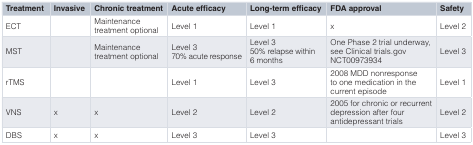
<table><thead><tr><td><b>Treatment</b></td><td><b>Invasive</b></td><td><b>Chronic treatment</b></td><td><b>Acute efficacy</b></td><td><b>Long-term efficacy</b></td><td><b>FDA approval</b></td><td><b>Safety</b></td></tr></thead><tbody><tr><td>ECT</td><td></td><td>Maintenancetreatment optional</td><td>Level 1</td><td>Level 1</td><td>x</td><td>Level 2</td></tr><tr><td>MST</td><td></td><td>Maintenancetreatment optional</td><td>Level 370% acute response</td><td>Level 350% relapse within6 months</td><td>One Phase 2 trial underway,see Clinical trials.govNCT00973934</td><td>Level 3</td></tr><tr><td>rTMS</td><td></td><td></td><td>Level 1</td><td>Level 3</td><td>2008 MDD nonresponseto one medication in thecurrent episode</td><td>Level 1</td></tr><tr><td>VNS</td><td>x</td><td>x</td><td>Level 2</td><td>Level 2</td><td>2005 for chronic or recurrentdepression after fourantidepressant trials</td><td>Level 2</td></tr><tr><td>DBS</td><td>x</td><td>x</td><td>Level 3</td><td>Level 3</td><td></td><td>Level 3</td></tr></tbody></table>